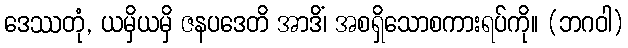
ဒေဿတုံ, ယမှိယမှိ ဇနပဒေတိ အာဒိံ၊ အစရှိသောစကားရပ်ကို။ (ဘဂဝါ)